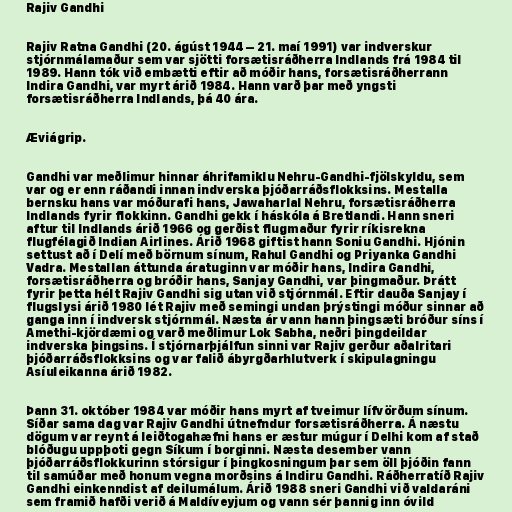
Rajiv Gandhi

Rajiv Ratna Gandhi (20. ágúst 1944 – 21. maí 1991) var indverskur
stjórnmálamaður sem var sjötti forsætisráðherra Indlands frá 1984 til
1989. Hann tók við embætti eftir að móðir hans, forsætisráðherrann
Indira Gandhi, var myrt árið 1984. Hann varð þar með yngsti
forsætisráðherra Indlands, þá 40 ára.

Æviágrip.

Gandhi var meðlimur hinnar áhrifamiklu Nehru-Gandhi-fjölskyldu, sem
var og er enn ráðandi innan indverska þjóðarráðsflokksins. Mestalla
bernsku hans var móðurafi hans, Jawaharlal Nehru, forsætisráðherra
Indlands fyrir flokkinn. Gandhi gekk í háskóla á Bretlandi. Hann sneri
aftur til Indlands árið 1966 og gerðist flugmaður fyrir ríkisrekna
flugfélagið Indian Airlines. Árið 1968 giftist hann Soniu Gandhi. Hjónin
settust að í Delí með börnum sínum, Rahul Gandhi og Priyanka Gandhi
Vadra. Mestallan áttunda áratuginn var móðir hans, Indira Gandhi,
forsætisráðherra og bróðir hans, Sanjay Gandhi, var þingmaður. Þrátt
fyrir þetta hélt Rajiv Gandhi sig utan við stjórnmál. Eftir dauða Sanjay í
flugslysi árið 1980 lét Rajiv með semingi undan þrýstingi móður sinnar að
ganga inn í indversk stjórnmál. Næsta ár vann hann þingsæti bróður síns í
Amethi-kjördæmi og varð meðlimur Lok Sabha, neðri þingdeildar
indverska þingsins. Í stjórnarþjálfun sinni var Rajiv gerður aðalritari
þjóðarráðsflokksins og var falið ábyrgðarhlutverk í skipulagningu
Asíuleikanna árið 1982.

Þann 31. október 1984 var móðir hans myrt af tveimur lífvörðum sínum.
Síðar sama dag var Rajiv Gandhi útnefndur forsætisráðherra. Á næstu
dögum var reynt á leiðtogahæfni hans er æstur múgur í Delhi kom af stað
blóðugu uppþoti gegn Síkum í borginni. Næsta desember vann
þjóðarráðsflokkurinn stórsigur í þingkosningum þar sem öll þjóðin fann
til samúðar með honum vegna morðsins á Indiru Gandhi. Ráðherratíð Rajiv
Gandhi einkenndist af deilumálum. Árið 1988 sneri Gandhi við valdaráni
sem framið hafði verið á Maldíveyjum og vann sér þannig inn óvild